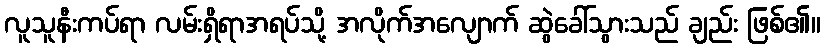
လူသူနီးကပ်ရာ လမ်းရှိရာအရပ်သို့ အလိုက်အလျောက် ဆွဲခေါ်သွားသည် ချည်း ဖြစ်၏။